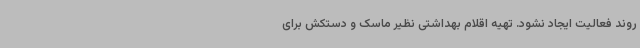
روند فعالیت ایجاد نشود. تهیه اقلام بهداشتی نظیر ماسک و دستکش برای